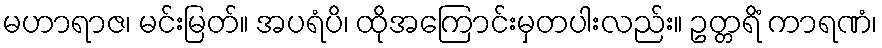
မဟာရာဇ၊ မင်းမြတ်။ အပရံပိ၊ ထိုအကြောင်းမှတပါးလည်း။ ဥတ္တရိံ ကာရဏံ၊